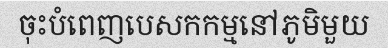
ចុះបំពេញបេសកកម្មនៅភូមិមួយ